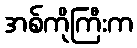
အစ်ကိုကြီးက